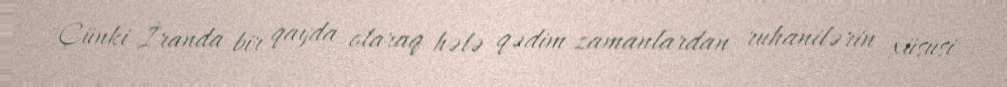
Çünki İranda bir qayda olaraq hələ qədim zamanlardan ruhanilərin xüsusi